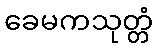
ခေမကသုတ္တံ